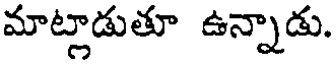
మాట్లాడుతూ ఉన్నాడు.